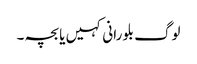
لوگ بلو رانی کہیں یا بچہ ۔